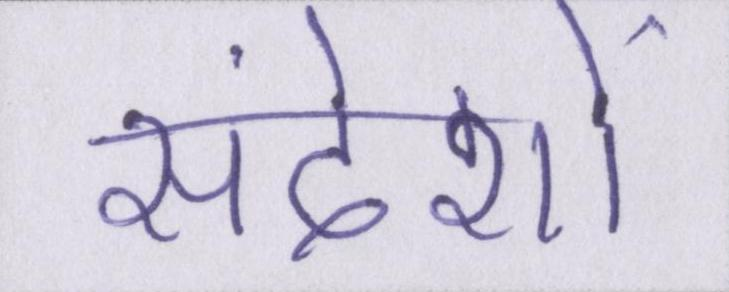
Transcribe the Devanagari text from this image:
संदेशों